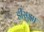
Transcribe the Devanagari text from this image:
डीसुझा